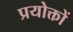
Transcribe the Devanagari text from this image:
प्रयोक्तों